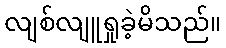
လျစ်လျူရှုခဲ့မိသည်။